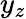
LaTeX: y_{z}